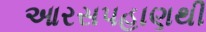
આરસપહાણથી